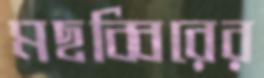
মছব্বিরের